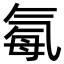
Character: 𪵥